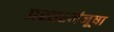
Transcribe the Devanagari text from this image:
प्रस्तरमंजूषा